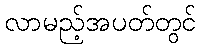
လာမည့်အပတ်တွင်